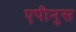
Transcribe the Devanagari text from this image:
एपीनुस